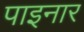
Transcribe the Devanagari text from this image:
पाइनार